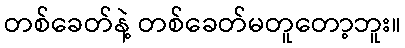
တစ်ခေတ်နဲ့ တစ်ခေတ်မတူတော့ဘူး။